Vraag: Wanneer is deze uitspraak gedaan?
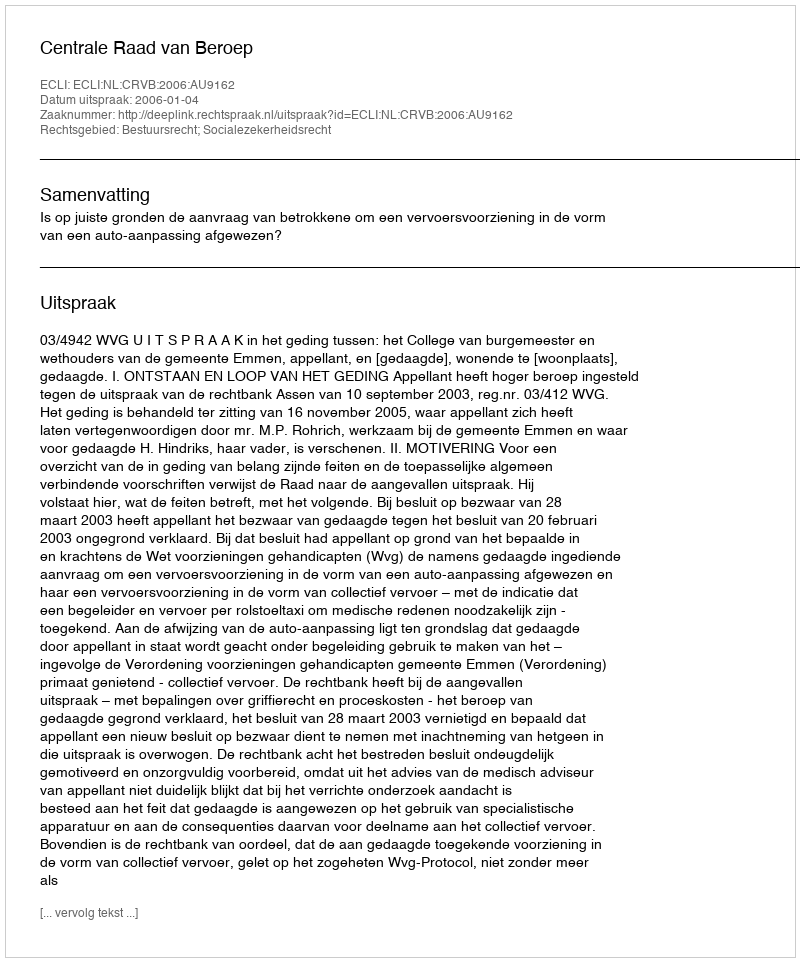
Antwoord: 2006-01-04